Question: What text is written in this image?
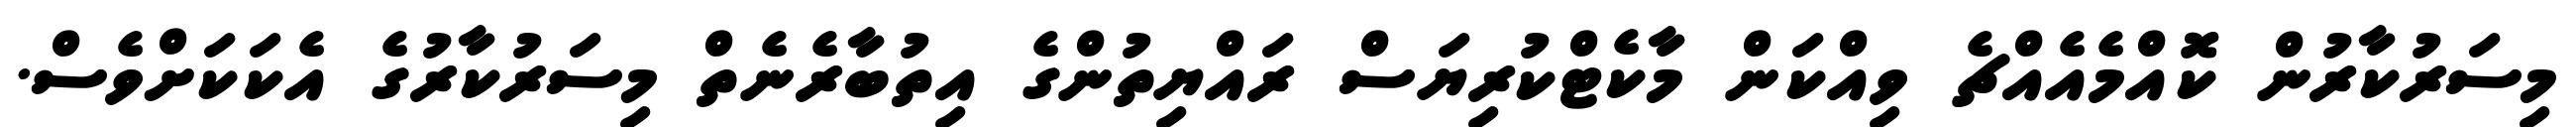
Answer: މިސަރުކާރުން ކޮއްމެއެއްޗެ ވިއްކަން މާކެޓްކުރިޔަސް ރައްޔިތުންގެ އިތުބާރެނެތް މިސަރުކާރުގެ އެކަކަށްވެސް.